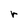
Character: r